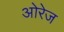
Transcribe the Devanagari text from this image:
ओरेज